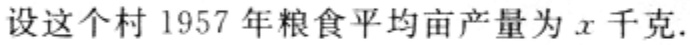
设这个村 1957 年粮食平均亩产量为 \(x\) 千克.